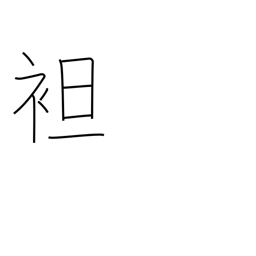
Meaning: strip to waist